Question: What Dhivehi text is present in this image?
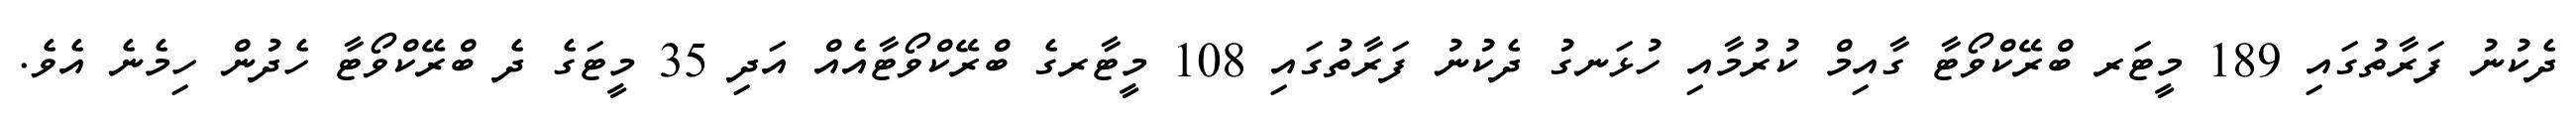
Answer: ދެކުނު ފަރާތުގައި 189 މީޓަރ ބްރޭކްވޯޓާ ގާއިމް ކުރުމާއި ހުޅަނގު ދެކުނު ފަރާތުގައި 108 މީޓާރގެ ބްރޭކްވޯޓާއެއް އަދި 35 މީޓަގެ ދެ ބްރޭކްވޯޓާ ހެދުން ހިމެނެ އެވެ.